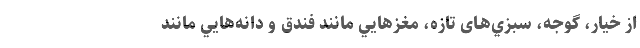
از خيار، گوجه، سبزي‌هـای تازه، مغزهايي مانند فندق و دانه‌هايي مانند